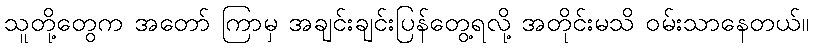
သူတို့တွေက အတော် ကြာမှ အချင်းချင်းပြန်တွေ့ရလို့ အတိုင်းမသိ ဝမ်းသာနေတယ်။